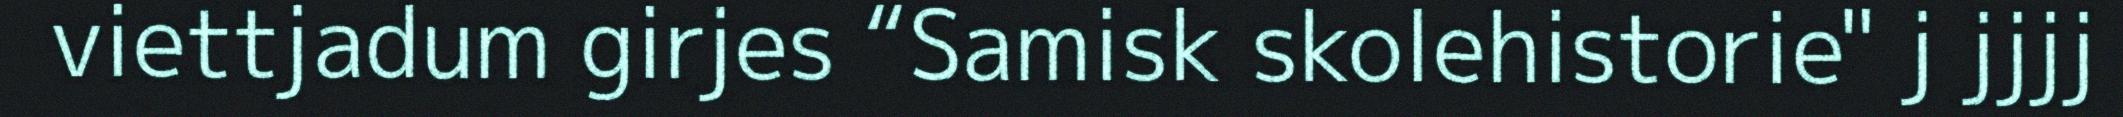
viettjadum girjes “Samisk skolehistorie" j jjjj